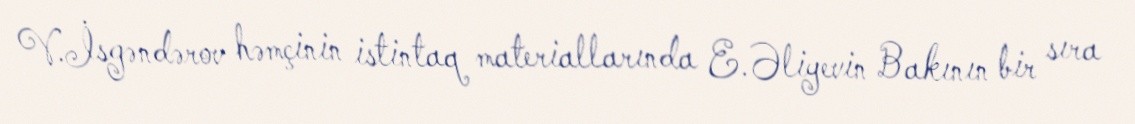
V.İsgəndərov həmçinin istintaq materiallarında E.Əliyevin Bakının bir sıra